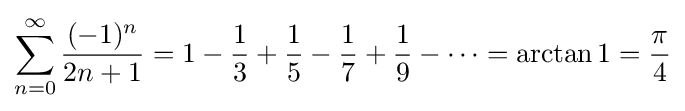
\sum _{n=0}^{\infty }{\frac {(-1)^{n}}{2n+1}}=1-{\frac {1}{3}}+{\frac {1}{5}}-{\frac {1}{7}}+{\frac {1}{9}}-\cdots =\arctan {1}={\frac {\pi }{4}}